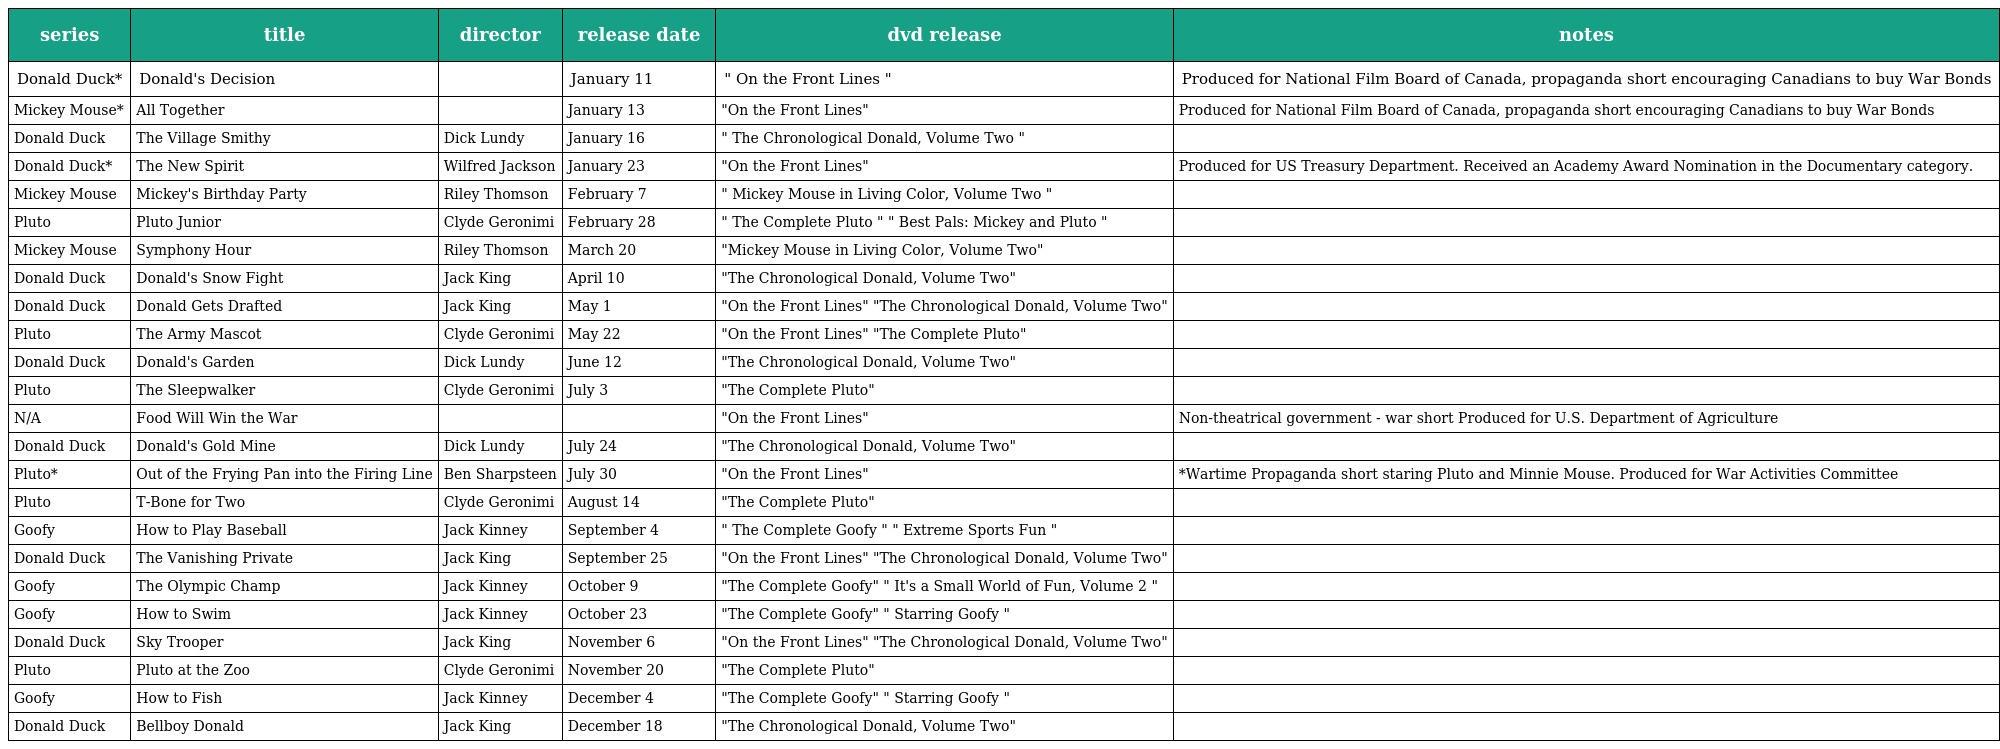
| series | title | director | release date | dvd release | notes |
 | --- | --- | --- | --- | --- | --- |
 | Donald Duck* | Donald's Decision |  | January 11 | " On the Front Lines " | Produced for National Film Board of Canada, propaganda short encouraging Canadians to buy War Bonds |
 | Mickey Mouse* | All Together |  | January 13 | "On the Front Lines" | Produced for National Film Board of Canada, propaganda short encouraging Canadians to buy War Bonds |
 | Donald Duck | The Village Smithy | Dick Lundy | January 16 | " The Chronological Donald, Volume Two " |  |
 | Donald Duck* | The New Spirit | Wilfred Jackson | January 23 | "On the Front Lines" | Produced for US Treasury Department. Received an Academy Award Nomination in the Documentary category. |
 | Mickey Mouse | Mickey's Birthday Party | Riley Thomson | February 7 | " Mickey Mouse in Living Color, Volume Two " |  |
 | Pluto | Pluto Junior | Clyde Geronimi | February 28 | " The Complete Pluto " " Best Pals: Mickey and Pluto " |  |
 | Mickey Mouse | Symphony Hour | Riley Thomson | March 20 | "Mickey Mouse in Living Color, Volume Two" |  |
 | Donald Duck | Donald's Snow Fight | Jack King | April 10 | "The Chronological Donald, Volume Two" |  |
 | Donald Duck | Donald Gets Drafted | Jack King | May 1 | "On the Front Lines" "The Chronological Donald, Volume Two" |  |
 | Pluto | The Army Mascot | Clyde Geronimi | May 22 | "On the Front Lines" "The Complete Pluto" |  |
 | Donald Duck | Donald's Garden | Dick Lundy | June 12 | "The Chronological Donald, Volume Two" |  |
 | Pluto | The Sleepwalker | Clyde Geronimi | July 3 | "The Complete Pluto" |  |
 | N/A | Food Will Win the War |  |  | "On the Front Lines" | Non-theatrical government - war short Produced for U.S. Department of Agriculture |
 | Donald Duck | Donald's Gold Mine | Dick Lundy | July 24 | "The Chronological Donald, Volume Two" |  |
 | Pluto* | Out of the Frying Pan into the Firing Line | Ben Sharpsteen | July 30 | "On the Front Lines" | *Wartime Propaganda short staring Pluto and Minnie Mouse. Produced for War Activities Committee |
 | Pluto | T-Bone for Two | Clyde Geronimi | August 14 | "The Complete Pluto" |  |
 | Goofy | How to Play Baseball | Jack Kinney | September 4 | " The Complete Goofy " " Extreme Sports Fun " |  |
 | Donald Duck | The Vanishing Private | Jack King | September 25 | "On the Front Lines" "The Chronological Donald, Volume Two" |  |
 | Goofy | The Olympic Champ | Jack Kinney | October 9 | "The Complete Goofy" " It's a Small World of Fun, Volume 2 " |  |
 | Goofy | How to Swim | Jack Kinney | October 23 | "The Complete Goofy" " Starring Goofy " |  |
 | Donald Duck | Sky Trooper | Jack King | November 6 | "On the Front Lines" "The Chronological Donald, Volume Two" |  |
 | Pluto | Pluto at the Zoo | Clyde Geronimi | November 20 | "The Complete Pluto" |  |
 | Goofy | How to Fish | Jack Kinney | December 4 | "The Complete Goofy" " Starring Goofy " |  |
 | Donald Duck | Bellboy Donald | Jack King | December 18 | "The Chronological Donald, Volume Two" |  |